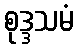
စုဒ္ဒသမံ